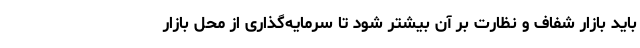
باید بازار شفاف و نظارت بر آن بیشتر شود تا سرمایه‌گذاری از محل بازار